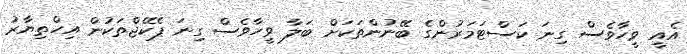
އެއީ ވީހާވެސް ގިނަ ކަސްޓަމަރުންގެ ބޭނުންތަކަށް ބަލާ ވީހާވެސް ގިނަ ޕެކޭޖްތަކުން އިހްތިޔާރު